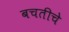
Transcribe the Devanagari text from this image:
बचतीचे